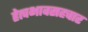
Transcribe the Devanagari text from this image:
हेत्वभावसहचार